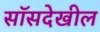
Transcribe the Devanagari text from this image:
सॉसदेखील